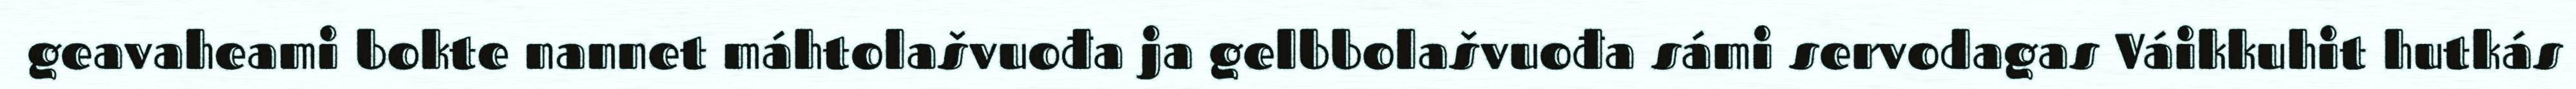
geavaheami bokte nannet máhtolašvuođa ja gelbbolašvuođa sámi servodagas Váikkuhit hutkás